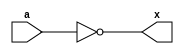
// Can be used instead of the stubs that were automatically added by the Deroute utility

// Module Definitions [It is possible to wrap here on your primitives]

`timescale 1ns/1ns

`define DFF_INIT_VAL 1'b0
`define LATCH_INIT_VAL 1'b0

`define BUF_DELAY #0 		// Delay for buffers (but not for buf2's)
`define DELAY #1 		// Delay for everyone else (including buf2's)

// Delays are necessary due to the fragile internal implementation of MMC1 and delays for M2.
// As they say: Shit In -> Shit Out.

module mmc1_not (  a, x);

	input wire a;
	output wire x;

	not `DELAY (x, a);

endmodule // mmc1_not

module mmc1_and (  a, b, x);

	input wire a;
	input wire b;
	output wire x;

	and `DELAY (x, a, b);

endmodule // mmc1_and

module mmc1_or (  a, b, x);

	input wire a;
	input wire b;
	output wire x;

	or `DELAY (x, a, b);

endmodule // mmc1_or

module mmc1_not2 (  a, x);

	input wire a;
	output wire x;

	not `DELAY (x, a);

endmodule // mmc1_not2

module mmc1_buf2 (  a, x);

	input wire a;
	output wire x;

	buf `DELAY (x, a);

endmodule // mmc1_buf2

module mmc1_buf (  a, x);

	input wire a;
	output wire x;

	buf `BUF_DELAY (x, a);

endmodule // mmc1_buf

module mmc1_nand (  a, b, x);

	input wire a;
	input wire b;
	output wire x;

	nand `DELAY (x, a, b);

endmodule // mmc1_nand

module mmc1_nor (  a, b, x);

	input wire a;
	input wire b;
	output wire x;

	nor `DELAY (x, a, b);

endmodule // mmc1_nor

module mmc1_3or (  a, b, c, x);

	input wire a;
	input wire b;
	input wire c;
	output wire x;

	or `DELAY (x, a, b, c);

endmodule // mmc1_3or

module mmc1_aon (  a0, a1, b, x);

	input wire a0;
	input wire a1;
	input wire b;
	output wire x;

	assign `DELAY x = (a0&a1) | b;

endmodule // mmc1_aon

module mmc1_4and (  a, b, c, d, x);

	input wire a;
	input wire b;
	input wire c;
	input wire d;
	output wire x;

	and `DELAY (x, a, b, c, d);

endmodule // mmc1_4and

module mmc1_3nand (  a, b, c, x);

	input wire a;
	input wire b;
	input wire c;
	output wire x;

	nand `DELAY (x, a, b, c);

endmodule // mmc1_3nand

module mmc1_oan (  a0, a1, b, x);

	input wire a0;
	input wire a1;
	input wire b;
	output wire x;

	assign `DELAY x = (a0|a1) & b;

endmodule // mmc1_oan

module mmc1_33aon (  a0, a1, a2, b0, b1, b2, x);

	input wire a0;
	input wire a1;
	input wire a2;
	input wire b0;
	input wire b1;
	input wire b2;
	output wire x;

	assign `DELAY x = (a0&a1&a2) | (b0&b1&b2);

endmodule // mmc1_33aon

module mmc1_22aon (  a0, a1, b0, b1, x);

	input wire a0;
	input wire a1;
	input wire b0;
	input wire b1;
	output wire x;

	assign `DELAY x = (a0&a1) | (b0&b1);

endmodule // mmc1_22aon

module mmc1_222aon (  a0, a1, b0, b1, c0, c1, x);

	input wire a0;
	input wire a1;
	input wire b0;
	input wire b1;
	input wire c0;
	input wire c1;
	output wire x;

	assign `DELAY x = (a0&a1) | (b0&b1) | (c0&c1);

endmodule // mmc1_222aon

module mmc1_not3 (  a, x);

	input wire a;
	output wire x;

	not `DELAY (x, a);

endmodule // mmc1_not3

module mmc1_333aon (  a0, a1, a2, b0, b1, b2, c0, c1, c2, x);

	input wire a0;
	input wire a1;
	input wire a2;
	input wire b0;
	input wire b1;
	input wire b2;
	input wire c0;
	input wire c1;
	input wire c2;
	output wire x;

	assign `DELAY x = (a0&a1&a2) | (b0&b1&b2) | (c0&c1&c2);

endmodule // mmc1_333aon

module mmc1_const (  q0, q1);

	output wire q0;
	output wire q1;

	assign q0 = 1'b0;
	assign q1 = 1'b1;

endmodule // mmc1_const

module mmc1_latch (  d, cck, ck, q);

	input wire d;
	input wire cck;
	input wire ck;
	output reg q;

	initial q = `LATCH_INIT_VAL;

	always @(*) begin
		if (ck)
			q <= d;
	end

endmodule // mmc1_latch

module mmc1_dff (  d, cck, ck, q);

	input wire d;
	input wire cck;
	input wire ck;
	output reg q;

	initial q = `DFF_INIT_VAL;

	always @(posedge ck) begin
		q <= d;
	end

endmodule // mmc1_dff

module mmc1_dffnq (  d, cck, ck, q, nq);

	input wire d;
	input wire cck;
	input wire ck;
	output reg q;
	output wire nq;

	initial q = `DFF_INIT_VAL;

	always @(posedge ck) begin
		q <= d;
	end

	assign nq = ~q;

endmodule // mmc1_dffnq

module mmc1_dffr (  nres, d, cck, ck, q);

	input wire nres;
	input wire d;
	input wire cck;
	input wire ck;
	output reg q;

	initial q = `DFF_INIT_VAL;

	always @(posedge ck or negedge nres) begin
		if (!nres)
			q <= 0;
		else
			q <= d;
	end

endmodule // mmc1_dffr

module mmc1_dffrnq (  nres, d, cck, ck, q, nq);

	input wire nres;
	input wire d;
	input wire cck;
	input wire ck;
	output reg q;
	output wire nq;

	initial q = `DFF_INIT_VAL;

	always @(posedge ck or negedge nres) begin
		if (!nres)
			q <= 0;
		else
			q <= d;
	end

	assign nq = ~q;

endmodule // mmc1_dffrnq

module mmc1_dffrs (  nset1, d, cck, ck, nset2, nres, q);

	input wire nset1;
	input wire d;
	input wire cck;
	input wire ck;
	input wire nset2; 		// not used.
	input wire nres;
	output reg q;

	initial q = `DFF_INIT_VAL;

	always @(posedge ck or negedge nres or negedge nset1 or negedge nset2) begin
		if (!nres)
			q <= 0;
		else if (!nset1)
			q <= 1;
		else
			q <= d;
	end

endmodule // mmc1_dffrs